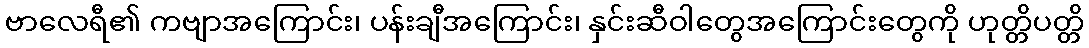
ဗာလေရီ၏ ကဗျာအကြောင်း၊ ပန်းချီအကြောင်း၊ နှင်းဆီဝါတွေအကြောင်းတွေကို ဟုတ္တိပတ္တိ